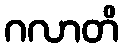
ဂလာတိ